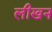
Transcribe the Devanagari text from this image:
लीखन